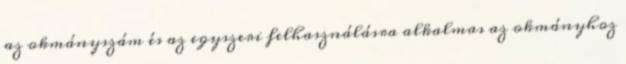
az okmányszám és az egyszeri felhasználásra alkalmas az okmányhoz